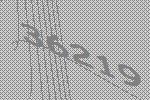
36219